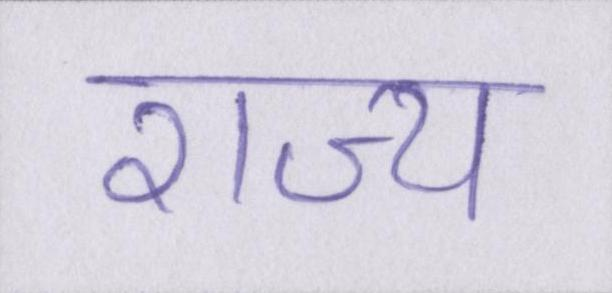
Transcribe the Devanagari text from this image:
राज्य